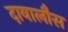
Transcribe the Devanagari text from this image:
दावालौस